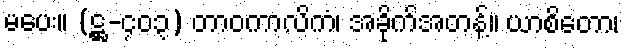
မပေး။ (ဋ္ဌ-၄၀၃) တာဝကာလိကံ၊ အခိုက်အတန့်။ ယာစိတော၊